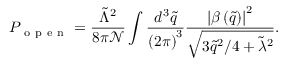
P _ { \mathrm { ~ o ~ p ~ e ~ n ~ } } = \frac { \tilde { \Lambda } ^ { 2 } } { 8 \pi \mathcal { N } } \int \frac { d ^ { 3 } \tilde { q } } { \left( 2 \pi \right) ^ { 3 } } \frac { \left| \beta \left( \tilde { q } \right) \right| ^ { 2 } } { \sqrt { 3 \tilde { q } ^ { 2 } / 4 + \tilde { \lambda } ^ { 2 } } } .